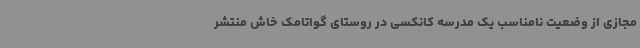
مجازی از وضعیت نامناسب یک مدرسه کانکسی در روستای گواتامک خاش منتشر